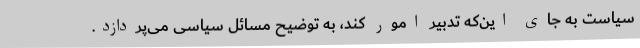
سیاست به جای این‌که تدبیر امور کند، به توضیح مسائل سیاسی می‌پردازد.